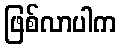
ဖြစ်လာပါက